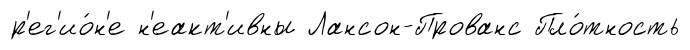
р'ег'ио́н'е н'еакт'ивны Лансон-Прованс Пло́тность